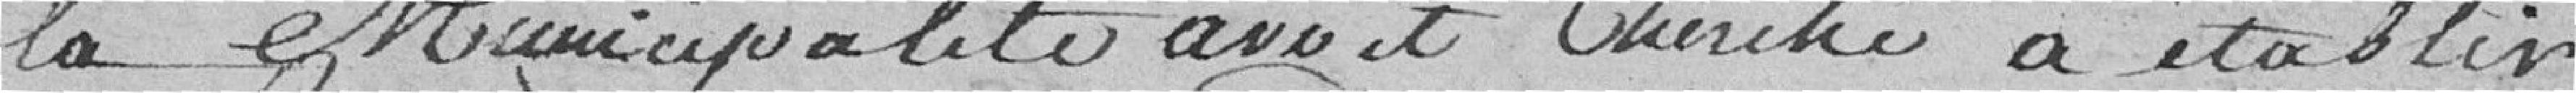
la Municipalité avait cherché à établir